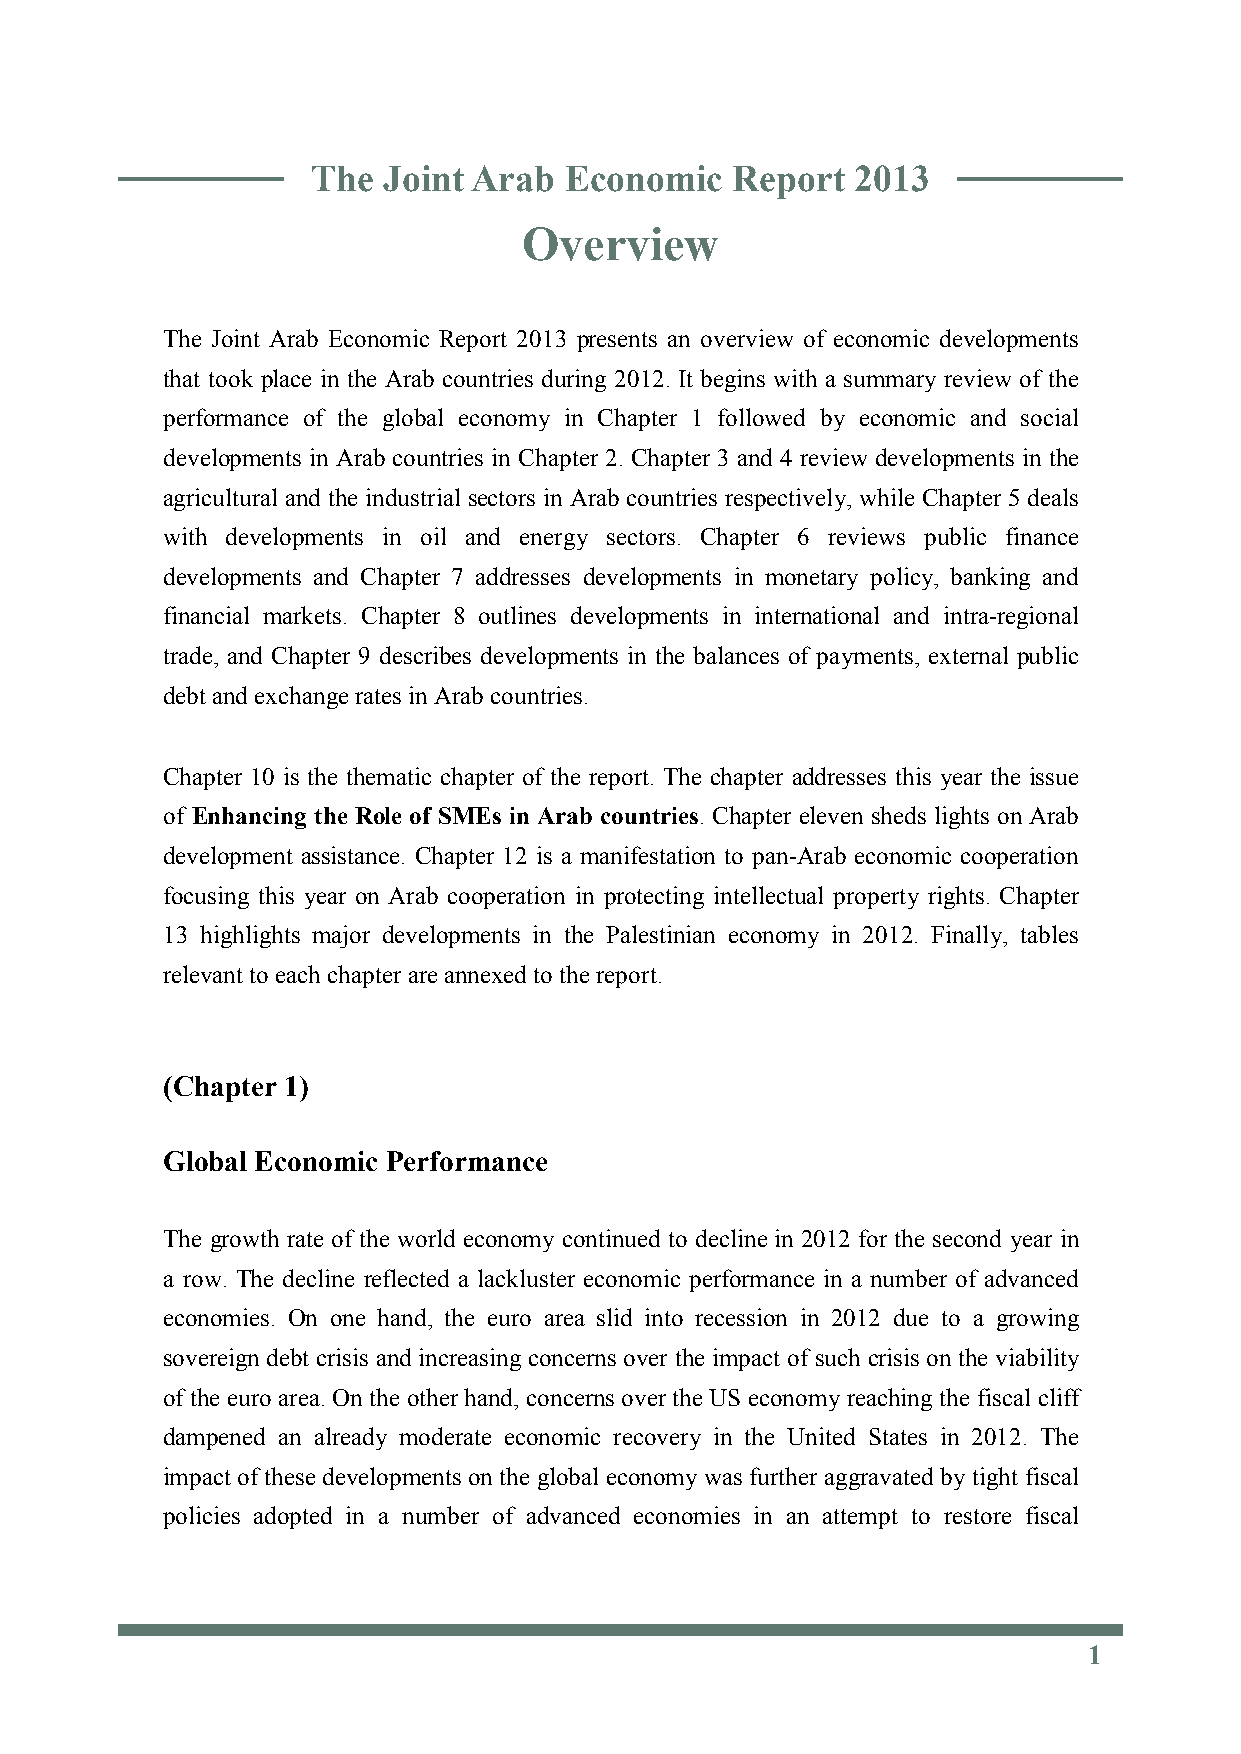
the Joint Arab  economic   Report   2013
 The  Joint Arab  Economic    Report  2013
 overview
 Overview
 The Joint Arab Economic Report 2013 presents an overview of economic developments
 that took place in the Arab countries during 2012. It begins with a summary review of the
 performance of the global economy in Chapter 1 followed by economic and social
 developments in Arab countries in Chapter 2. Chapter 3 and 4 review developments in the
 agricultural and the industrial sectors in Arab countries respectively, while Chapter 5 deals
 with developments in oil and energy sectors. Chapter 6 reviews public finance
 developments and Chapter 7 addresses developments in monetary policy, banking and
 financial markets. Chapter 8 outlines developments in international and intra-regional
 trade, and Chapter 9 describes developments in the balances of payments, external public
 debt and exchange rates in Arab countries.
 Chapter 10 is the thematic chapter of the report. The chapter addresses this year the issue
 of Enhancing the Role of SMEs in Arab countries. Chapter eleven sheds lights on Arab
 development assistance. Chapter 12 is a manifestation to pan-Arab economic cooperation
 focusing this year on Arab cooperation in protecting intellectual property rights. Chapter
 13 highlights major developments in the Palestinian economy in 2012. Finally, tables
 relevant to each chapter are annexed to the report.
 (Chapter 1)
 Global Economic Performance
 The growth rate of the world economy continued to decline in 2012 for the second year in
 a row. The decline reflected a lackluster economic performance in a number of advanced
 economies. On one hand, the euro area slid into recession in 2012 due to a growing
 sovereign debt crisis and increasing concerns over the impact of such crisis on the viability
 of the euro area. On the other hand, concerns over the US economy reaching the fiscal cliff
 dampened an already moderate economic recovery in the United States in 2012. The
 impact of these developments on the global economy was further aggravated by tight fiscal
 policies adopted in a number of advanced economies in an attempt to restore fiscal
 1
 1